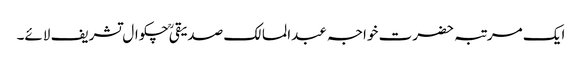
ایک مرتبہ حضرت خواجہ عبدالمالک صدیقیؒ چکوال تشریف لائے۔